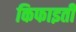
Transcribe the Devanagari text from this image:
किफाइती